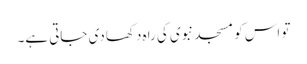
تو اس کو مسجد نبوی کی راہ دکھا دی جاتی ہے۔